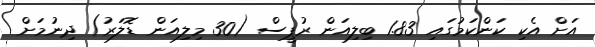
އަށް އެކި ކަންކަމުގައި 1.83 ބިލިއަން ރުޕީސް (30 މިލިއަން ޑޮލަރު) ދިނުމަށް